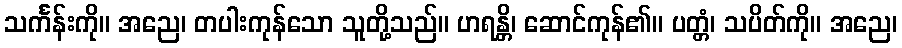
သင်္ကန်းကို။ အညေ၊ တပါးကုန်သော သူတို့သည်။ ဟရန္တိ၊ ဆောင်ကုန်၏။ ပတ္တံ၊ သပိတ်ကို။ အညေ၊